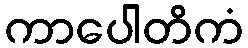
ကာပေါတိကံ